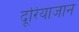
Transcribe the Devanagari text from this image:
दूरियाजान